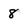
Character: 8